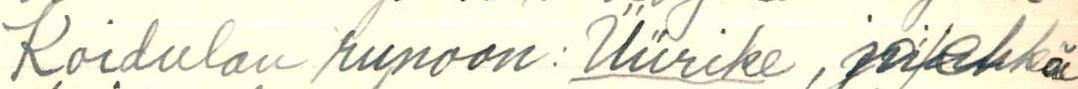
Koidulan runoon: Üürike, ja/ehkä